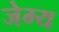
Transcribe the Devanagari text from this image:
जेम्य